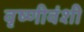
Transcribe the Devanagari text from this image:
वृष्णीवंशी